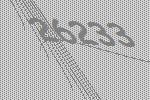
26233